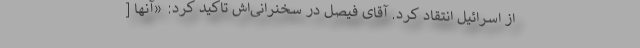
از اسرائیل انتقاد کرد. آقای فیصل در سخنرانی‌اش تاکید کرد: «آنها [